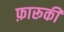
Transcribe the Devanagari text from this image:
फ़ारूकी